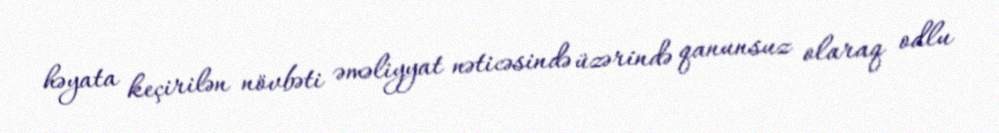
həyata keçirilən növbəti əməliyyat nəticəsində üzərində qanunsuz olaraq odlu